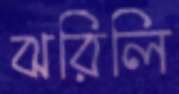
ঝরিলি